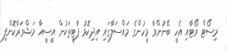
ރިސޯޓް ވޯޓާއި އެހީ ބޭނުންވާ މީހުންގެ މައްސަލާގައި އިދިކޮޅު ޕާޓީތަކުން އީސީއާ މަޝްވަރާކޮށްފި